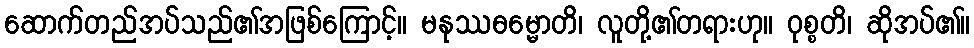
ဆောက်တည်အပ်သည်၏အဖြစ်ကြောင့်။ မနုဿဓမ္မောတိ၊ လူတို့၏တရားဟု။ ဝုစ္စတိ၊ ဆိုအပ်၏။